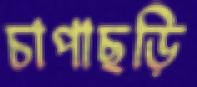
চাপাছড়ি